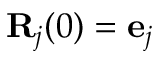
{ \bf R } _ { j } ( 0 ) = { \bf e } _ { j }